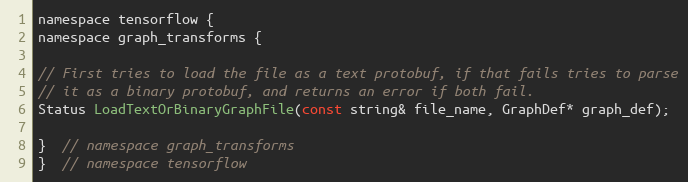
Language: C
namespace tensorflow {
namespace graph_transforms {

// First tries to load the file as a text protobuf, if that fails tries to parse
// it as a binary protobuf, and returns an error if both fail.
Status LoadTextOrBinaryGraphFile(const string& file_name, GraphDef* graph_def);

}  // namespace graph_transforms
}  // namespace tensorflow